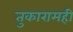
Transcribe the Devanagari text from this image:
तुकारामही